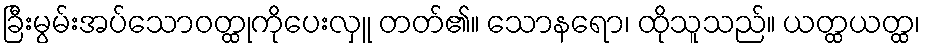
ခြီးမွမ်းအပ်သောဝတ္ထုကိုပေးလှူ တတ်၏။ သောနရော၊ ထိုသူသည်။ ယတ္ထယတ္ထ၊